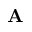
\mathbf { A }